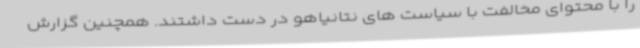
را با محتوای مخالفت با سیاست های نتانیاهو در دست داشتند. همچنین گزارش